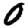
Digit: 0